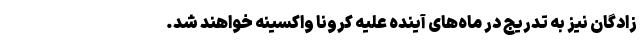
زادگان نیز به تدریج در ماه‌های آینده علیه کرونا واکسینه خواهند شد.